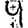
Digit: 9